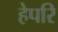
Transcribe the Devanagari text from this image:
हेपरि